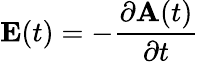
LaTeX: \mathbf{E}(t)=-\frac{\partial\mathbf{A}(t)}{\partial t}